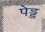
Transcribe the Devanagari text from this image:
पेड्ड